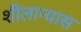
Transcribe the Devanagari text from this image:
शीलान्यास